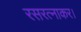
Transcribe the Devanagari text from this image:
रसरत्नाकर।